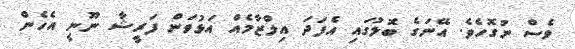
ވެސް ނުގޮހެވެ. އޭނަގެ ބޮލުގައި އެފަދަ އިލްޒާމެއް އަޅުވަން ފަރީޝާ ނޫނީ އެހެން